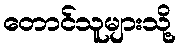
တောင်သူများသို့